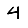
Digit: 4